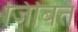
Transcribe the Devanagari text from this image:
जिबित